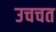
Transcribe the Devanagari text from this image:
उचचत